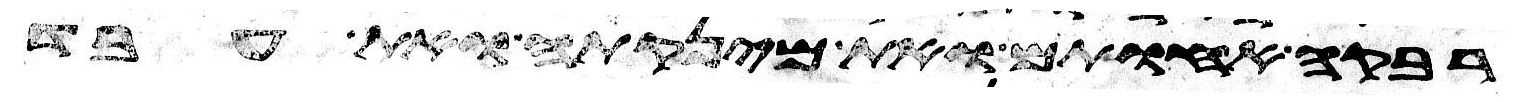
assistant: רבקה אחותם ואת מינקתה ואת עבד